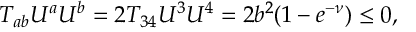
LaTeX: T _ { a b } U ^ { a } U ^ { b } = 2 T _ { 3 4 } U ^ { 3 } U ^ { 4 } = 2 b ^ { 2 } ( 1 - e ^ { - \nu } ) \le 0 ,